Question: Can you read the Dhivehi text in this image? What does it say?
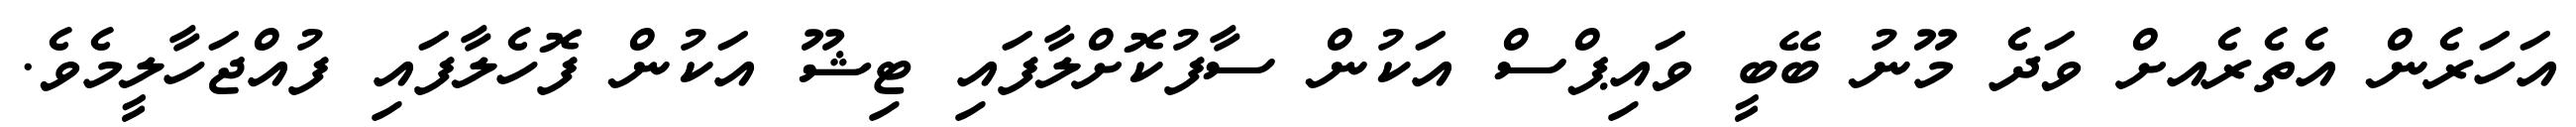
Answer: އަހަރެން އެތެރެއށް ވަދެ މޫނު ބޭބީ ވައިޕްސް އަކުން ސާފުކޮށްލާފައި ޓިޝޫ އަކުން ފޮހެލާފައި ފުއްޖަހާލީމެވެ.